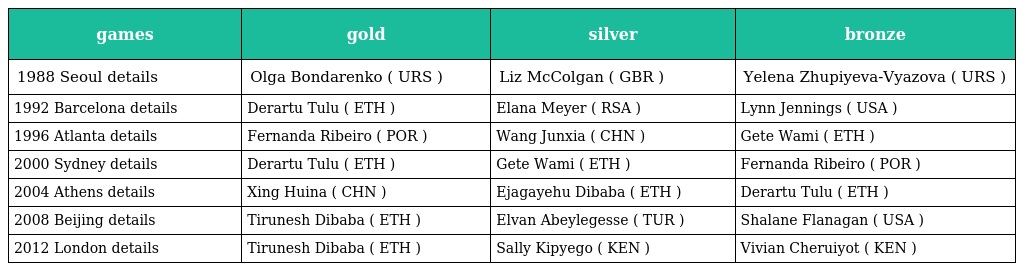
| games | gold | silver | bronze |
 | --- | --- | --- | --- |
 | 1988 Seoul details | Olga Bondarenko ( URS ) | Liz McColgan ( GBR ) | Yelena Zhupiyeva-Vyazova ( URS ) |
 | 1992 Barcelona details | Derartu Tulu ( ETH ) | Elana Meyer ( RSA ) | Lynn Jennings ( USA ) |
 | 1996 Atlanta details | Fernanda Ribeiro ( POR ) | Wang Junxia ( CHN ) | Gete Wami ( ETH ) |
 | 2000 Sydney details | Derartu Tulu ( ETH ) | Gete Wami ( ETH ) | Fernanda Ribeiro ( POR ) |
 | 2004 Athens details | Xing Huina ( CHN ) | Ejagayehu Dibaba ( ETH ) | Derartu Tulu ( ETH ) |
 | 2008 Beijing details | Tirunesh Dibaba ( ETH ) | Elvan Abeylegesse ( TUR ) | Shalane Flanagan ( USA ) |
 | 2012 London details | Tirunesh Dibaba ( ETH ) | Sally Kipyego ( KEN ) | Vivian Cheruiyot ( KEN ) |